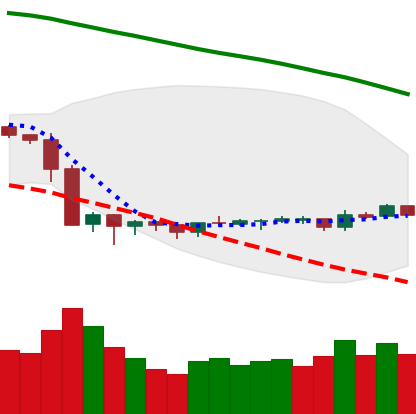
Ticker: LTC-USD
Chart end date: 2019-10-10
Forward return: -4.902%
Label: down_3_5